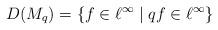
LaTeX: \begin{align*}D(M_{q})=\{f\in\ell^{\infty}\;|\;qf\in\ell^{\infty}\}\end{align*}